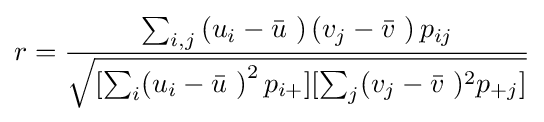
r={\frac {\sum _{i,j}\left(u_{i}-{\bar {u}}\ \right)\left(v_{j}-{\bar {v}}\ \right)p_{ij}}{\sqrt {\left\lbrack \sum _{i}(u_{i}-{\bar {u}}\ \right)^{2}p_{i+}\rbrack \lbrack \sum _{j}(v_{j}-{\bar {v}}\ )^{2}p_{+j}\rbrack }}}